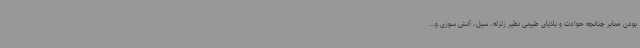
بودن معابر چنانچه حوادث و بلایای طبیعی نظیر زلزله، سیل، آتش سوزی و...